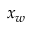
x _ { w }